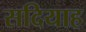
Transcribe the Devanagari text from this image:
सदियाह